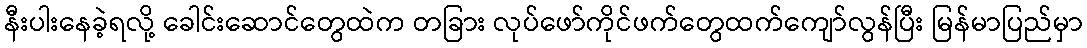
နီးပါးနေခဲ့ရလို့ ခေါင်းဆောင်တွေထဲက တခြား လုပ်ဖော်ကိုင်ဖက်တွေထက်ကျော်လွန်ပြီး မြန်မာပြည်မှာ